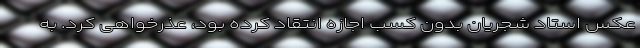
عکس استاد شجریان بدون کسب اجازه انتقاد کرده بود، عذرخواهی کرد. به